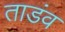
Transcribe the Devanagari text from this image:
ताडंव